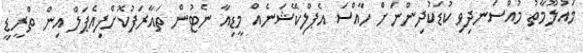
މައުލޫމާތު މުއްސަނދިވި ކުޑަކުދިންނަށް ހާއްސަ އެޕްލިކޭޝަނެއް މީޑިއާ ނެޓުން ތައާރަފުކޮށްފިއެޕަލް އިން ތްރީޑީ